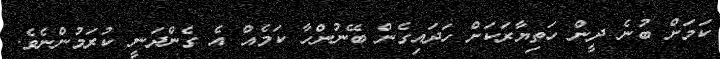
ކަމަށް ބުނެ ދީން ހަތިޔާރަކަށް ހަދައިގެން ބޭނުންހާ ކަމެއް އެ ގެންދަނީ ކުރަމުންނެވެ.